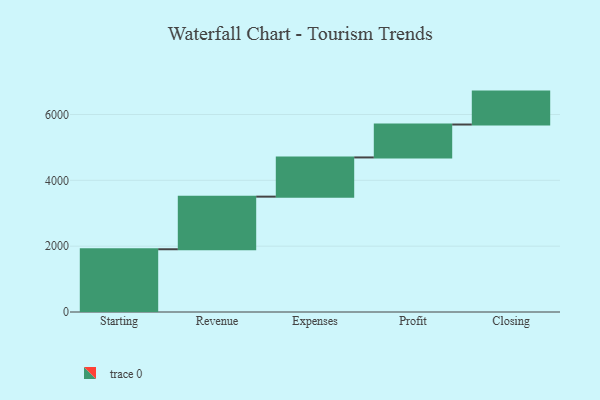
{"axis": {"x": "Step", "y": "Value"}, "legend": [""], "data": [{"x": "Starting", "y": 1906.0, "type": ""}, {"x": "Revenue", "y": 1598.0, "type": ""}, {"x": "Expenses", "y": 1191.0, "type": ""}, {"x": "Profit", "y": 1000, "type": ""}, {"x": "Closing", "y": 1000, "type": ""}]}